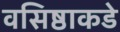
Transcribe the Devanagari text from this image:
वसिष्ठाकडे